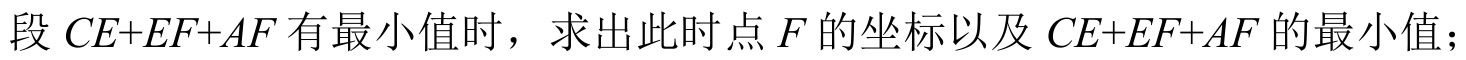
段\(CE + EF + AF\)有最小值时，求出此时点\(F\)的坐标以及\(CE + EF + AF\)的最小值；